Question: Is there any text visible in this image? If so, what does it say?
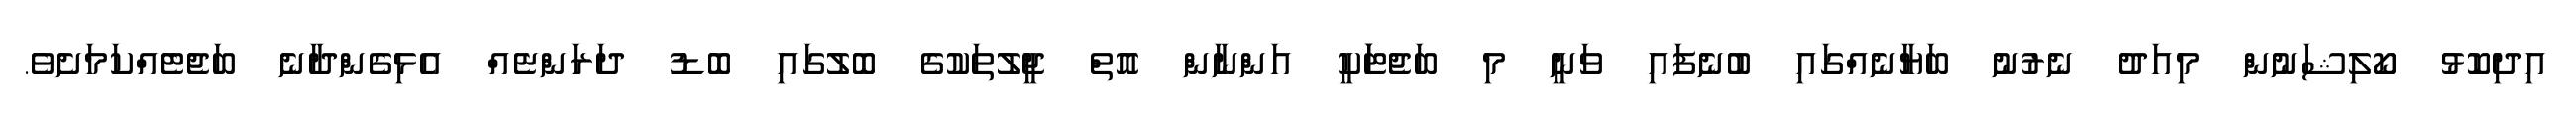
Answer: އިދިކޮޅު ކޯލިޝަނުން މިއަދު ނެރުނު ބަޔާނެއްގައި ބުނެފައި ވަނީ މި ބަޖެޓަަކީ އަންނާން އޮތް ޖީލުތަކުގެ ބޮލުގައި ބޮޑު ދަރަންޏެއް އެޅިގެންދާނެ ބަޖެޓެއްކަމަށެވެ.